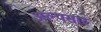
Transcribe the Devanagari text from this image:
अल्पसार